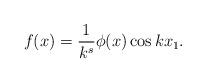
LaTeX: \begin{align*}f(x) = \frac 1 {k^s} \phi(x) \cos kx_1.\end{align*}